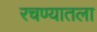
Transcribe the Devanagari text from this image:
रचण्यातला